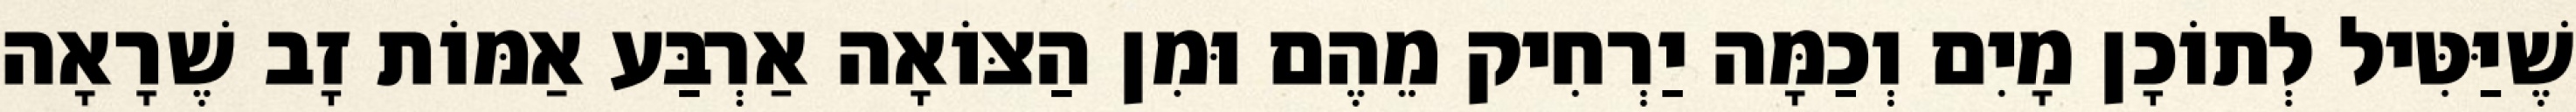
שֶׁיַּטִּיל לְתוֹכָן מָיִם וְכַמָּה יַרְחִיק מֵהֶם וּמִן הַצּוֹאָה אַרְבַּע אַמּוֹת זָב שֶׁרָאָה